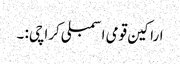
اراکین قومی اسمبلی کراچی: ۔